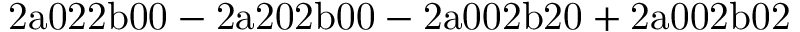
\mathrm { 2 a 0 2 2 b 0 0 - 2 a 2 0 2 b 0 0 - 2 a 0 0 2 b 2 0 + 2 a 0 0 2 b 0 2 }